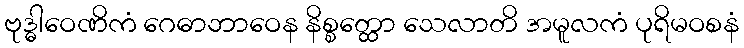
ဗုဒ္ဓါဝေဏိကံ ဂေဓာဘာဝေန နိစ္စတ္ထော သေလာတိ အမူလကံ ပုရိမဝစနံ